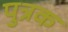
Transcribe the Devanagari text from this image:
पुत्रक